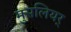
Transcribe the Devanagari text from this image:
मुसलियर्